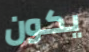
يكون